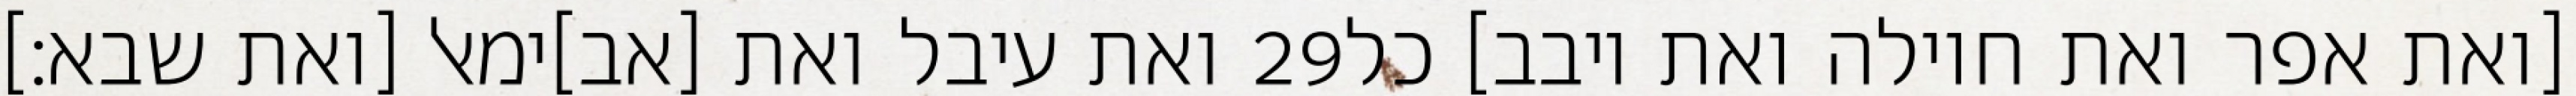
ואת עיבל ואת [אב]ימאל [ואת שבא׃] ‎29‏ [ואת אפר ואת חוילה ואת יובב] כל